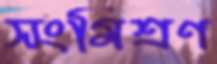
সংমিশ্রণ